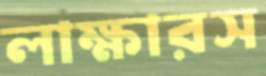
লাক্ষারস